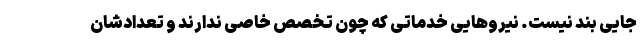
جایی بند نیست. نیروهایی خدماتی که چون تخصص خاصی ندارند و تعدادشان